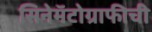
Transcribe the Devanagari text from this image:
सिनेमॅटोग्राफीची